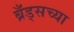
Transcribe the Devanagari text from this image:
ब्रँड्सच्या